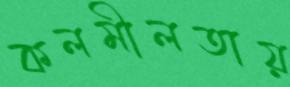
কলমীলতায়